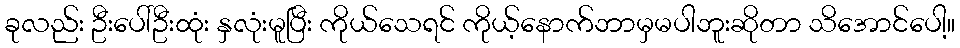
ခုလည်း ဦးပေါ်ဦးထုံး နှလုံးမူပြီး ကိုယ်သေရင် ကိုယ့်နောက်ဘာမှမပါဘူးဆိုတာ သိအောင်ပေါ့။